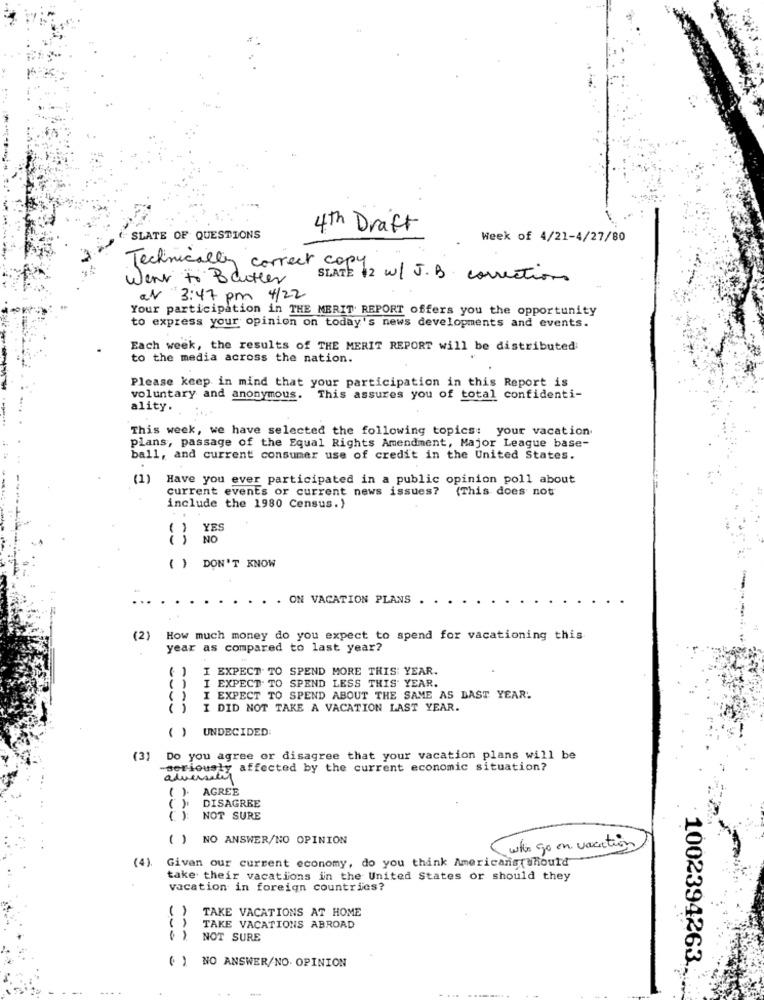
4th Draft
SLATE OF QUESTIONS
Week of 4/21-4/27/80
Technically correct copy
Went to Better
SLATE $2 w/J.B. corrections
at 3:47 pm 4/22
Your participation in THE MERIT REPORT offers you the opportunity
to express your opinion on today's news developments and events.
Each week, the results of THE MERIT REPORT will be distributed
to the media across the nation.
Please keep in mind that your participation in this Report is
voluntary and anonymous. This assures you of total confidenti-
ality.
This week, we have selected the following topics: your vacation.
plans, passage of the Equal Rights Amendment, Major League base-
ball, and current consumer use of credit in the United States.
(1)
Have you ever participated in a public opinion poll about
current events or current news issues? (This does not
include the 1980 Census.)
) YES
NO
( ) DON'T KNOW
. ON VACATION PLANS .
(2) How much money do you expect to spend for vacationing this
year as compared to last year?
I EXPECT TO SPEND MORE THIS YEAR.
( )
()
EXPECT. TO SPEND LESS THIS YEAR.
( )
I EXPECT TO SPEND ABOUT THE SAME AS LAST YEAR.
( ) I DID NOT TAKE A VACATION LAST YEAR.
( ) UNDECIDED
(3)
Do you agree or disagree that your vacation plans will be
-seriously affected by the current economic situation?
adversites
( ). AGREE
DISAGREE
NOT SURE
( ) NO ANSWER/NO OPINION
who go on vacation
(4).
Given our current economy, do you think Americans(should
take their vacations in the United States or should they
vacation in foreign countries?
TAKE VACATIONS AT HOME
( )
TAKE VACATIONS ABROAD
NOT SURE
1002394263.
( ) NO ANSWER/NO. OPINION